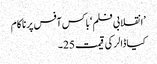
’انقلابی فلم ‘باکس آفس پر ناکام
کیا ڈالر کی قیمت 25۔